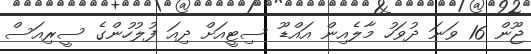
ޖޫން 16 ވަނަ ދުވަހު މާލެއިން އައްޑޫ ސިޓީއަށް ދިއަ ފުލުހުންގެ ސީރިއަސް